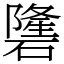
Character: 䃧